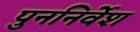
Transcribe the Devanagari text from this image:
पुननिर्वेश